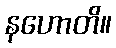
နဟောတိ။